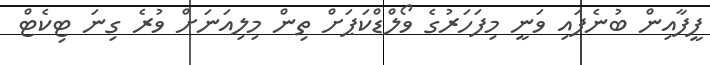
ފީފާއިން ބުނެފައި ވަނީ މިފަހަރުގެ ވޯލްޑްކަޕަށް ތިން މިލިއަނަށް ވުރެ ގިނަ ޓިކެޓް